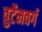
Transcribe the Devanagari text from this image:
वुर्टेमवर्ग